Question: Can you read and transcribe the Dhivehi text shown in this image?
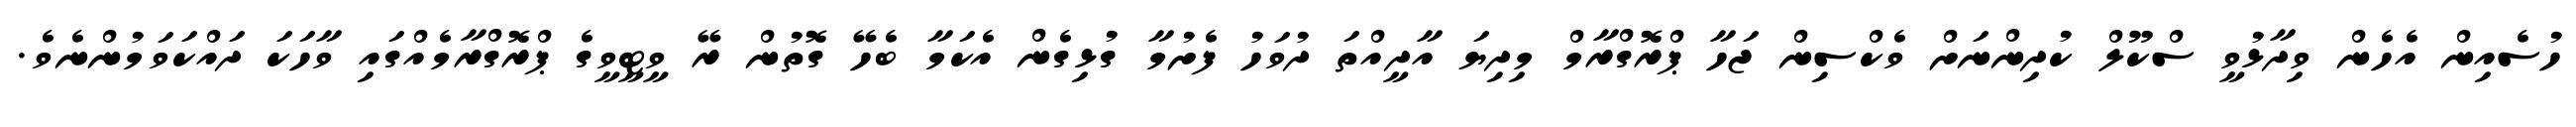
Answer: ހުސެއިން އެހެން ވިދާޅުވީ ސްކޫލް ކުދިންނަށް ވެކްސިން ޖަހާ ޕްރޮގްރާމް މިދިޔަ އާދީއްތަ ދުވަހު ފެށުމާ ގުޅިގެން އެކަމާ ބެހޭ ގޮތުން ރޭ ވީޓީވީގެ ޕްރޮގްރާމެއްގައި ވާހަކަ ދައްކަވަމުންނެވެ.